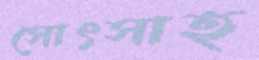
সোৎসাহ